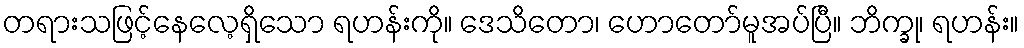
တရားသဖြင့်နေလေ့ရှိသော ရဟန်းကို။ ဒေသိတော၊ ဟောတော်မူအပ်ပြီ။ ဘိက္ခု၊ ရဟန်း။